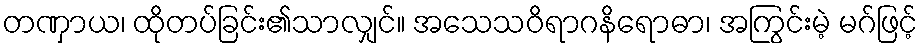
တဏှာယ၊ ထိုတပ်ခြင်း၏သာလျှင်။ အသေသဝိရာဂနိရောဓာ၊ အကြွင်းမဲ့ မဂ်ဖြင့်